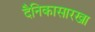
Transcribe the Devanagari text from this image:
दैनिकासारखा